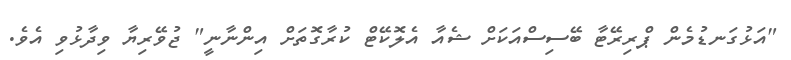
"އަޅުގަނޑުމެން ޕްރިރޭޓާ ބޭސިސްއަކަށް ޝެއާ އެލޮކޭޓް ކުރާގޮތަށް އިންނާނީ" ޖުވޭރިޔާ ވިދާޅުވި އެވެ.